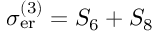
\sigma _ { \mathrm { e r } } ^ { ( 3 ) } = S _ { 6 } + S _ { 8 }